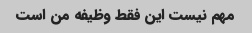
مهم نیست این فقط وظیفه من است